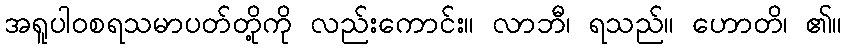
အရူပါဝစရသမာပတ်တို့ကို လည်းကောင်း။ လာဘီ၊ ရသည်။ ဟောတိ၊ ၏။